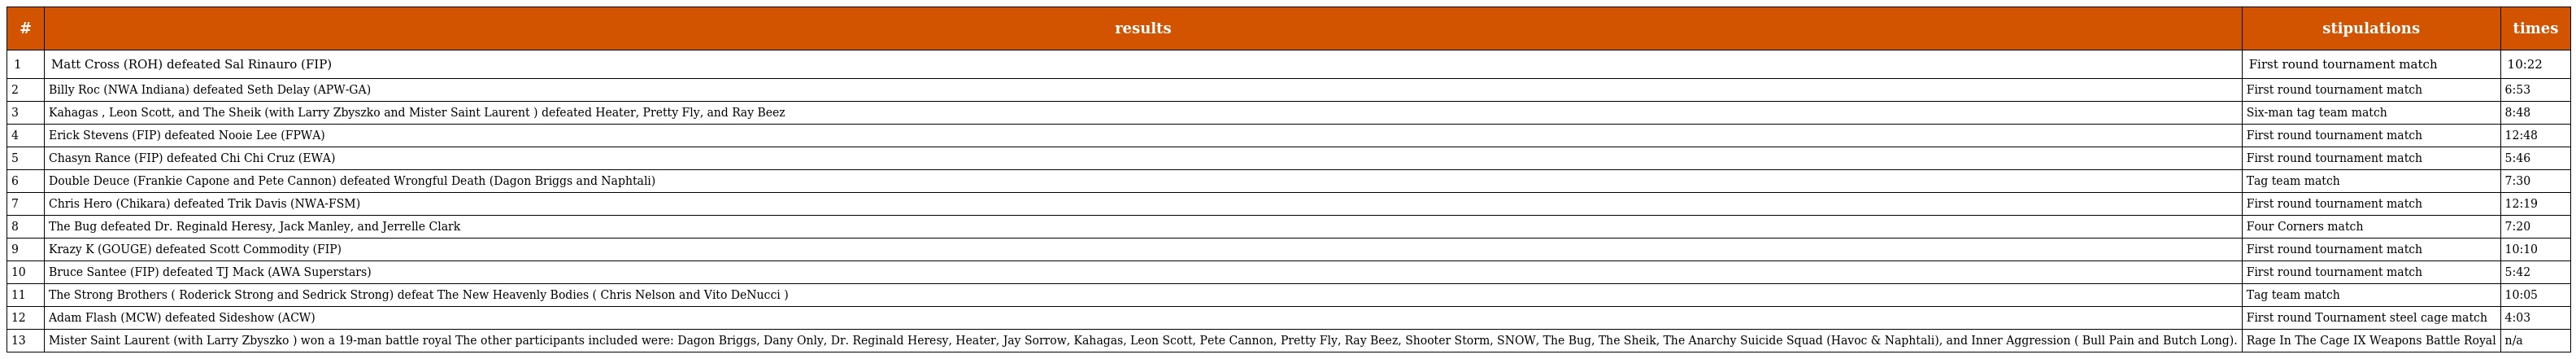
| # | results | stipulations | times |
 | --- | --- | --- | --- |
 | 1 | Matt Cross (ROH) defeated Sal Rinauro (FIP) | First round tournament match | 10:22 |
 | 2 | Billy Roc (NWA Indiana) defeated Seth Delay (APW-GA) | First round tournament match | 6:53 |
 | 3 | Kahagas , Leon Scott, and The Sheik (with Larry Zbyszko and Mister Saint Laurent ) defeated Heater, Pretty Fly, and Ray Beez | Six-man tag team match | 8:48 |
 | 4 | Erick Stevens (FIP) defeated Nooie Lee (FPWA) | First round tournament match | 12:48 |
 | 5 | Chasyn Rance (FIP) defeated Chi Chi Cruz (EWA) | First round tournament match | 5:46 |
 | 6 | Double Deuce (Frankie Capone and Pete Cannon) defeated Wrongful Death (Dagon Briggs and Naphtali) | Tag team match | 7:30 |
 | 7 | Chris Hero (Chikara) defeated Trik Davis (NWA-FSM) | First round tournament match | 12:19 |
 | 8 | The Bug defeated Dr. Reginald Heresy, Jack Manley, and Jerrelle Clark | Four Corners match | 7:20 |
 | 9 | Krazy K (GOUGE) defeated Scott Commodity (FIP) | First round tournament match | 10:10 |
 | 10 | Bruce Santee (FIP) defeated TJ Mack (AWA Superstars) | First round tournament match | 5:42 |
 | 11 | The Strong Brothers ( Roderick Strong and Sedrick Strong) defeat The New Heavenly Bodies ( Chris Nelson and Vito DeNucci ) | Tag team match | 10:05 |
 | 12 | Adam Flash (MCW) defeated Sideshow (ACW) | First round Tournament steel cage match | 4:03 |
 | 13 | Mister Saint Laurent (with Larry Zbyszko ) won a 19-man battle royal The other participants included were: Dagon Briggs, Dany Only, Dr. Reginald Heresy, Heater, Jay Sorrow, Kahagas, Leon Scott, Pete Cannon, Pretty Fly, Ray Beez, Shooter Storm, SNOW, The Bug, The Sheik, The Anarchy Suicide Squad (Havoc & Naphtali), and Inner Aggression ( Bull Pain and Butch Long). | Rage In The Cage IX Weapons Battle Royal | n/a |